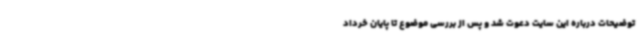
توضیحات درباره این سایت دعوت شد و پس از بررسی موضوع تا پایان خرداد